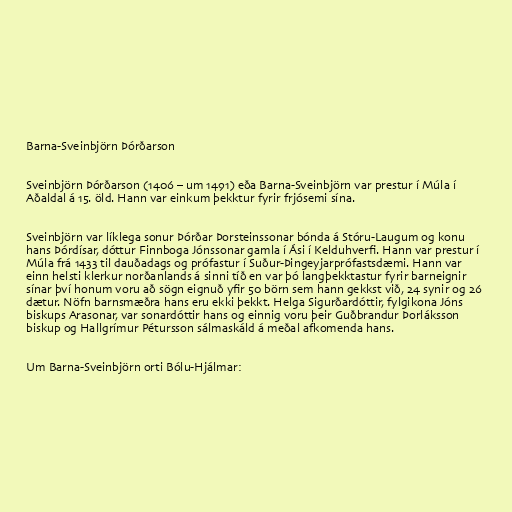
Barna-Sveinbjörn Þórðarson

Sveinbjörn Þórðarson (1406 – um 1491) eða Barna-Sveinbjörn var prestur í Múla í
Aðaldal á 15. öld. Hann var einkum þekktur fyrir frjósemi sína.

Sveinbjörn var líklega sonur Þórðar Þorsteinssonar bónda á Stóru-Laugum og konu
hans Þórdísar, dóttur Finnboga Jónssonar gamla í Ási í Kelduhverfi. Hann var prestur í
Múla frá 1433 til dauðadags og prófastur í Suður-Þingeyjarprófastsdæmi. Hann var
einn helsti klerkur norðanlands á sinni tíð en var þó langþekktastur fyrir barneignir
sínar því honum voru að sögn eignuð yfir 50 börn sem hann gekkst við, 24 synir og 26
dætur. Nöfn barnsmæðra hans eru ekki þekkt. Helga Sigurðardóttir, fylgikona Jóns
biskups Arasonar, var sonardóttir hans og einnig voru þeir Guðbrandur Þorláksson
biskup og Hallgrímur Pétursson sálmaskáld á meðal afkomenda hans.

Um Barna-Sveinbjörn orti Bólu-Hjálmar: